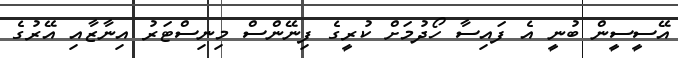
އޭސީސީން ބުނީ އެ ފައިސާ ހޯދުމަށް ކުރީގެ ފިނޭންސް މިނިސްޓަރު އިނާޒާއި އޭރުގެ